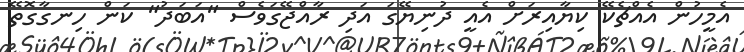
އެމީހުން އެއްޗެކޭ ކިޔާއިރަށް އެއީ ދުނިޔޭގަ އަދި ރާއްޖޭގަވެސް "އަބަދު" ކަން ހިނގާގޮތޭ